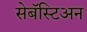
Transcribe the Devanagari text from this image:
सेबॅस्टिअन